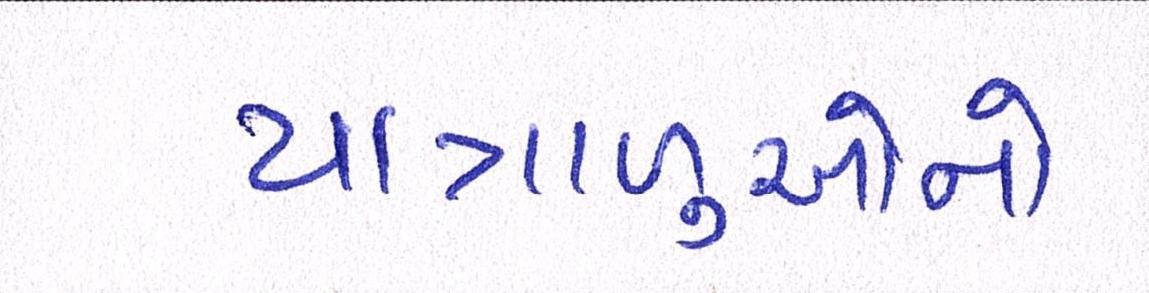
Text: યાત્રાળુઓનો